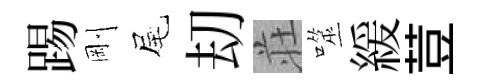
踢剛尾刧荘噬緩荳